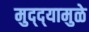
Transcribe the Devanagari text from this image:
मुद्‌द्‌यामुळे